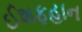
ઈશફહાન